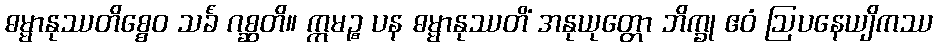
ဓမ္မာနုဿတိစ္စေဝ သင်္ခံ ဂစ္ဆတိ။ ဣမဉ္စ ပန ဓမ္မာနုဿတိံ အနုယုတ္တော ဘိက္ခု ဧဝံ ဩပနေယျိကဿ